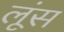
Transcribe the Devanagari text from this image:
लूंस